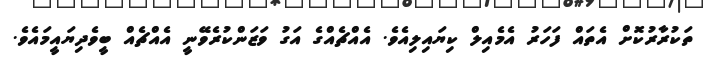
ތަކުރާރުކޮށް އެތައް ފަހަރު އެމެއިލް ކިޔައިލިއެވެ. އެއްޗެއްގެ އަގު ވަޒަންކުރެވޭނީ އެއްޗެއް ބީވެދިޔައީމައެވެ.